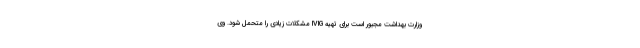
وزارت بهداشت مجبور است برای تهیه IVIG مشکلات زیادی را متحمل شود. وی